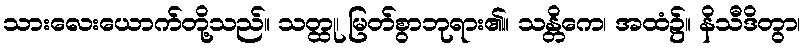
သားလေးယောက်တို့သည်။ သတ္ထု၊ မြတ်စွာဘုရား၏။ သန္တိကေ၊ အထံ၌။ နိသီဒိတွာ၊